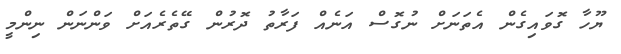
ޔޫހާ ގޮވައިގެން އެތަނަށް ނުގޮސް އަނެއް ފަރާތު ދޮރުން ގޭތެރެއަށް ވަންނަން ނިންމީ